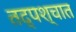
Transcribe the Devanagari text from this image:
तद्पश्चात